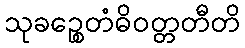
သုခဉ္စေတံဓိဝတ္တတီတိ